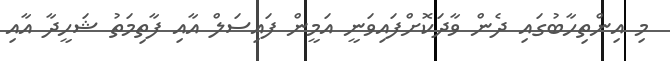
މި އިންތިހާބުގައި ދެން ވާދަކޮށްފައިވަނީ އަމީން ފައިސަލް އާއި ފާތިމަތު ޝަހީދާ އާއި